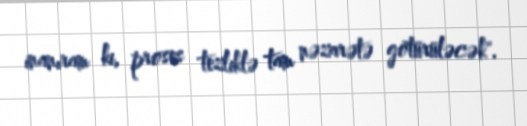
inanıram ki, proses tezliklə tam nəzarətə götürüləcək".